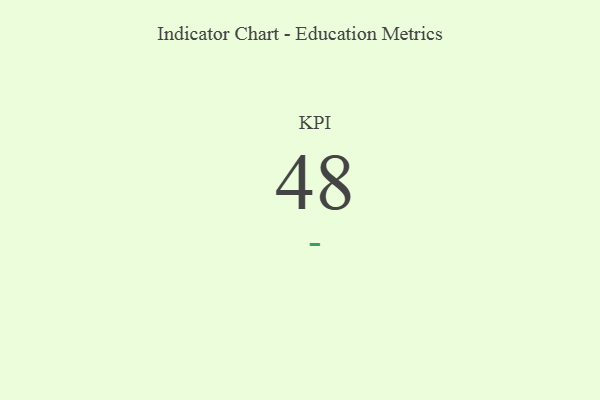
{"axis": {"x": "KPI", "y": "Value"}, "legend": [""], "data": [{"x": "KPI", "y": 48, "type": ""}]}